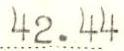
42.44